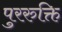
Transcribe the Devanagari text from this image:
पुररुक्ति